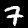
Digit: 7